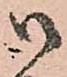
御